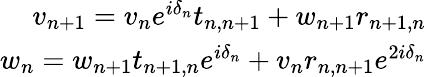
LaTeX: \begin{array}{r}{v_{n+1}=v_{n}e^{i\delta_{n}}t_{n,n+1}+w_{n+1}r_{n+1,n}}\\ {w_{n}=w_{n+1}t_{n+1,n}e^{i\delta_{n}}+v_{n}r_{n,n+1}e^{2i\delta_{n}}}\end{array}